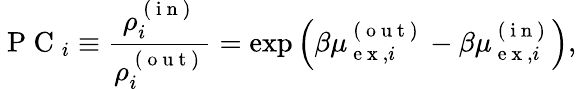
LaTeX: \mathrm{~P~C~}_{i}\equiv\frac{\rho_{i}^{\mathrm{~(~i~n~)~}}}{\rho_{i}^{\mathrm{~(~o~u~t~)~}}}=\exp\left(\beta\mu_{\mathrm{~e~x~},i}^{\mathrm{~(~o~u~t~)~}}-\beta\mu_{\mathrm{~e~x~},i}^{\mathrm{~(~i~n~)~}}\right),